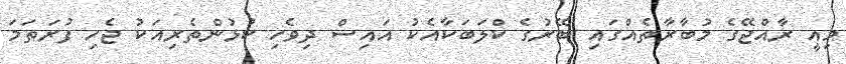
މިއީ ރާއްޖޭގެ މުބާރާތެއްގައި ބޭރުގެ ކްލަބަކާއެކު އައިސް ދިވެހި ކުޅުންތެރިއަކު ޖެހި ފުރަތަމަ